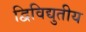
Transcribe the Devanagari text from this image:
द्विविद्युतीय